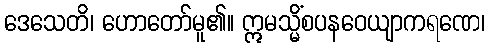
ဒေသေတိ၊ ဟောတော်မူ၏။ ဣမသ္မိံစပနဝေယျာကရဏေ၊